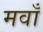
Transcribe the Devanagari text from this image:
मवाँ